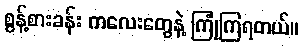
စွန့်စားခန်း ကလေးတွေနဲ့ ကြုံကြရတယ်။